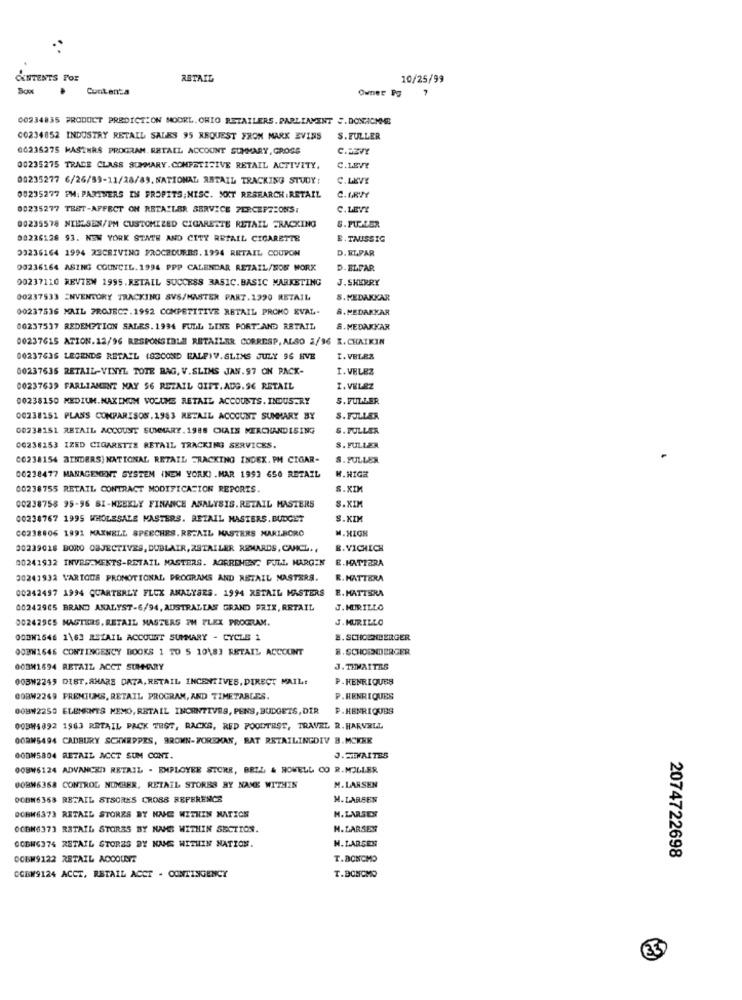
CONTENTS FOR
RETAIL
10/25/99
Contenta
Owner Pg
7
00234835 PRODUCT PREDICTION MODEL. OHIO RETAILERS. PARLIAMENT S.DONHOMME
00234852 INDUSTRY RETAIL SALES 95 REQUEST FROM MARK EVINS
S.FULLER
00235275 MASTERS PROGRAM. RETAIL ACCOUNT SUMMARY, GROSS
C.B3VY
00235275 TRACE CLASS SUMMARY.COMPETITIVE RETAIL ACTIVITY.
C.LEVY
00235277 6/26/59-11/28/89. NATIONAL RETAIL TRACKING STUDY:
C.LEVY
00235277 PM: PARTNERS IN PROFITS; MISC. SKY RESEARCH.RETAIL
00235277 TEST-AFFECT ON RETAILER SERVICE PERCEPTIONS:
C.LEVY
00235578 NIELSEN/PM CUSTOMIZED CIGARETTE RETAIL TRACKING
S.PULLER
00226128 93. NEW YORK STATE AND CITY RETAIL CIGARETTE
B. TAUSSIG
03236164 1994 23CRIVING PROCEDURES.1994 RETAIL COUPON
D. ELPAR
00236164 ASING COUNCIL.1994 PPP CALENDAR RETAIL/NON WORK
D. ELFAR
00237110 REVIEW 1995. RETAIL SUCCESS BASIC.BASIC MARKETING
J.SHERRY
00237533 ENVENTORY TRACKING SVS/MASTER PART.1990 RETAIL
S.MEDAKKAR
00237536 MAIL PROJECT.1992 COMPETITIVE RETAIL PROMO EVAL-
8.MEDARKAR
00237537 REDEMPTION SALES. 1994 FULL LINE PORT AND RETAIL
S. MEDAKKAR
00237615 ATION.12/96 RESPONSIBLE RETAILER CORRESP, ALSO 2/96 X.CHAIKIN
0023763S LEGENDS RETAIL (SECOND HALF)V.SLIMS JULY 96 HVE
I. VELEZ
00237635 RETAIL-VINYL TOTE BAG, V.SLINS JAN.97 ON PACK-
I. VELEZ
00237639 FARLIAMENT MAY $6 RETAIL GIFT. AUG.96 RETAIL
I.VELEZ
00238150 MEDIUM.MAXINOM VOLUME RETAIL ACCOUNTS. INDUSTRY
S. FULLER
00238151 PLANS COMPARISON.1983 RETAIL ACCOUNT SUMMARY BY
S. FULLER
00238151 RETAIL ACCOUNT SUMMARY. 1988 CHAIS MERCHANDISING
S. PULLER
00238153 IZED CIGARETIS RETAIL TRACKING SERVICES.
S. FULLER
CO238154 BINDERS) NATIONAL RETAIL TRACKING INDEX. PM CIGAR-
S. FULLER
W. HIGH
00238477 MANAGEMENT SYSTEM (NEW YORK) .MAR 1993 650 RETAIL
00238755 RETAIL CONTRACT MODIFICATION REPORTS.
S.XIN
00238758 95-96 BI-WEEKLY FINANCE ANALYSIS.RETAIL MASTERS
S.KIM
00238767 1995 WHOLESALE MASTERS. RETAIL MASTERS.BUDGET
S.KIM
C0238806 1991 MAXWELL SPEECHES. RETAIL MASTERS MARLBORO
M.HIGH
30239018 BORO OBJECTIVES, DUBLAIR, RETAILER REMARDS, CANCL. ,
B. VICHICH
00241932 INVES.MENTS-RETAIL MASTERS. AGRREHEN: PULL, MARGEN
E.HATTARA
30241934 VARIOUS PROMOTIONAL PROGRAMS AND RETAIL MASTERS.
R. HATTERA
00242497 1994 QUARTERLY FLEX ANALYSES. 1994 RETAIL MASTERS
E. MATTERA
00242965 BRAND ANALYST-6/94, AUSTRALIAN GRAND PRIX, RETAIL
J. MURILLO
002429CS MAGTERS. RETAIL MASTERS PH PLEX PROGRAM.
J. MURILLO
000W1646 1\63 RETAIL ACCOUNT SUMMARY - CYCLE 1
B. SCHOENBERGER
QOBW1646 CONTINGENCY BOOKS 1 TO 5 10\83 RETAIL ACCOUNT
B. SCHOPBERGER
00BM1694 RETAIL ACCT SUMMARY
J. THWAITES
003W2245 DIST, AMARS DATA, RETAIL INCENTIVES, DIRECT MAIL:
P.HENRIQUES
GORW2249 PREMIUMS, RETAIL PROGRAM, AND TIMETABLES.
P.HENRIQUES
00BW2250 ELEMENTS MEMO, RETAIL INCENTIVES, PENS, BUDGETS, DIR
P.HENRIQUES
00894892 1983 RETAIL PACK TEST, RACKS, RED POODTEST, TRAVEL R. HARVELL
OORN5494 CADBURY SCHWEPPES, BROWN-FOREXAN, BAT RETAILINGDIV B.MCKNK
000W5804 RETAIL ACCT SUM CONT.
J.SEVAITES
008W6124 ADVANCED RETAIL - EMPLOYEE STORE, BELL & HOWELL CO R. MOLLER
00BM6368 CONTROL NUMBER, RETAIL STORES BY NAME WITHIN
M.LARSEN
DOBW6368 RETAIL STSCRES CROSS REFERENCE
M.LARSEN
DOBW6373 RETAIL STORES BY NIE WITHIN NATION
H.LARSES
OCBM6373 RETAIL STORES BY NAME WITHIN SECTION.
H. LARSES
H. LARSEN
OGDWG374 RETAIL STORES DY NUG WITHIN NATION.
OOBM9122 RETAIL ACCOUNT
T.BONOMO
2074722698
T.DONCMO
CGBW9124 ACCT, RETAIL ACCT . CONTINGENCY